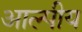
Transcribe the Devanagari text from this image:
आल्पीय